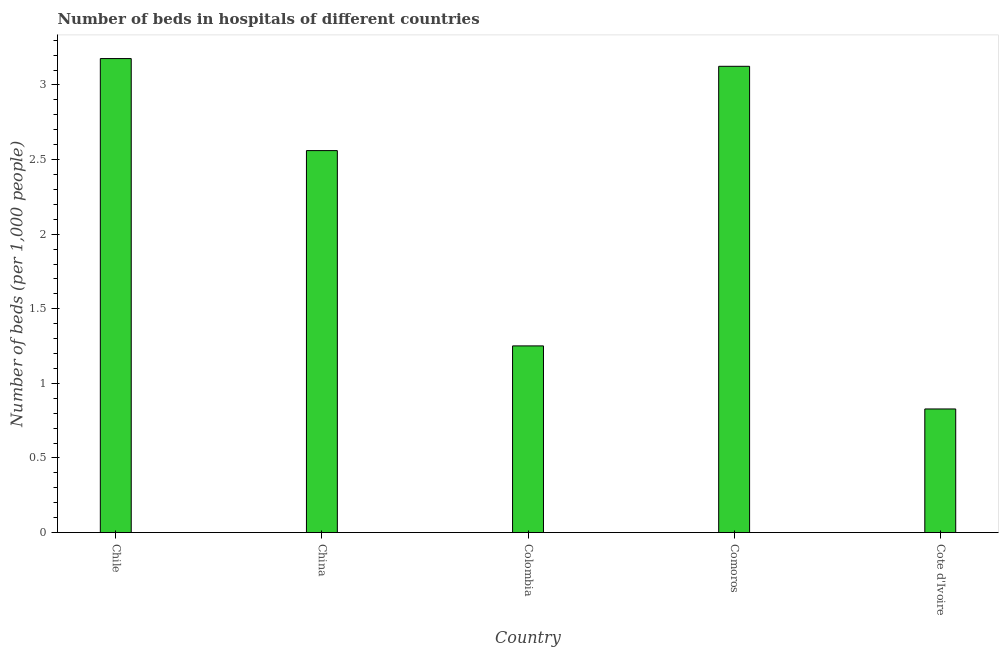
| Country | Hospital beds |
 | --- | --- |
 | Chile | 3.18 |
 | China | 2.56 |
 | Colombia | 1.25 |
 | Comoros | 3.12 |
 | Cote d'Ivoire | 0.828 |